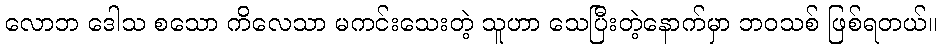
လောဘ ဒေါသ စသော ကိလေသာ မကင်းသေးတဲ့ သူဟာ သေပြီးတဲ့နောက်မှာ ဘဝသစ် ဖြစ်ရတယ်။